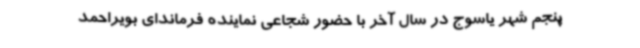
پنجم شهر یاسوج در سال آخر با حضور شجاعی نماینده فرماندای بویراحمد